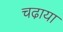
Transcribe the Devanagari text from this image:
चढा़या